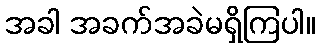
အခါ အခက်အခဲမရှိကြပါ။